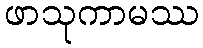
ဖာသုကာမဿ